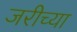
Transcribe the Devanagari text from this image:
जरीच्या